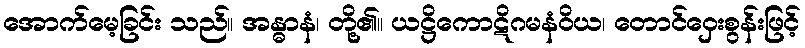
အောက်မေ့ခြင်း သည်။ အန္ဓာနံ၊ တို့၏။ ယဋ္ဌိကောဋိဂမနံဝိယ၊ တောင်ဝှေးစွန်းဖြင့်